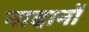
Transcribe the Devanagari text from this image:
नादानों